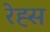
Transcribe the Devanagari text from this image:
रेह्स